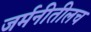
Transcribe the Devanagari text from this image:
जर्मनीतीलच